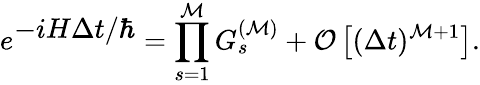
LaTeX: e^{\textstyle-iH\Delta t/\hbar}=\prod_{s=1}^{\cal M}G_{s}^{({\cal M})}+{\cal O}\left[(\Delta t)^{{\cal M}+1}\right].